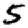
Digit: 5